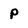
Character: p